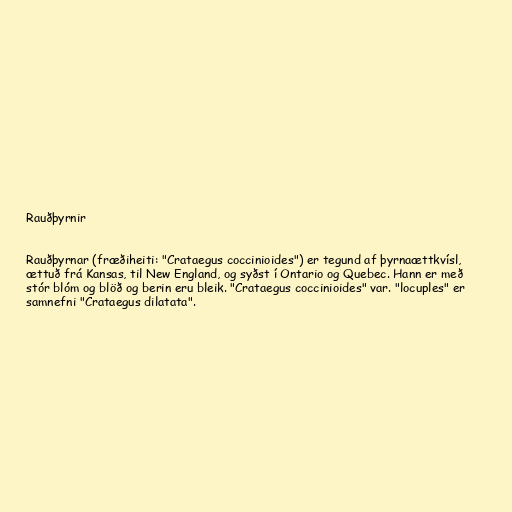
Rauðþyrnir

Rauðþyrnar (fræðiheiti: "Crataegus coccinioides") er tegund af þyrnaættkvísl,
ættuð frá Kansas, til New England, og syðst í Ontario og Quebec. Hann er með
stór blóm og blöð og berin eru bleik. "Crataegus coccinioides" var. "locuples" er
samnefni "Crataegus dilatata".